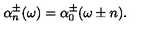
\alpha _ { n } ^ { \pm } ( \omega ) = \alpha _ { 0 } ^ { \pm } ( \omega \pm n ) .